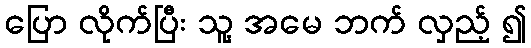
ပြော လိုက်ပြီး သူ့ အမေ ဘက် လှည့် ၍